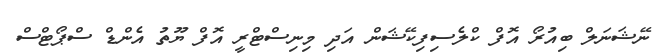
ނޭޝަނަލް ބިއުރޯ އޮފް ކްލެސިފިކޭޝަން އަދި މިނިސްޓްރީ އޮފް ޔޫތު އެންޑް ސްޕޯޓްސް